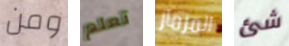
ومن تعلم المزمار شئ